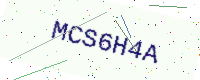
Text: MCS6H4A